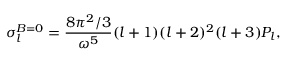
\sigma _ { l } ^ { B = 0 } = { \frac { 8 \pi ^ { 2 } / 3 } { \omega ^ { 5 } } } ( l + 1 ) ( l + 2 ) ^ { 2 } ( l + 3 ) P _ { l } ,